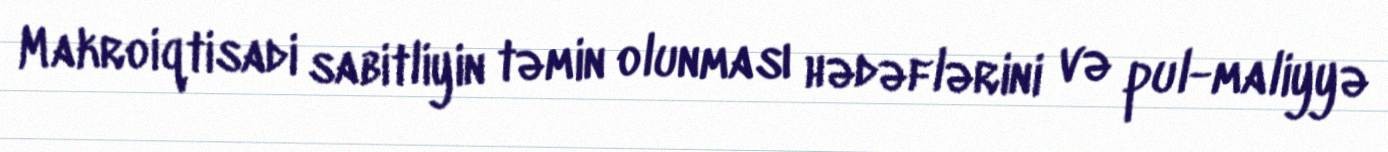
Makroiqtisadi sabitliyin təmin olunması hədəflərini və pul-maliyyə